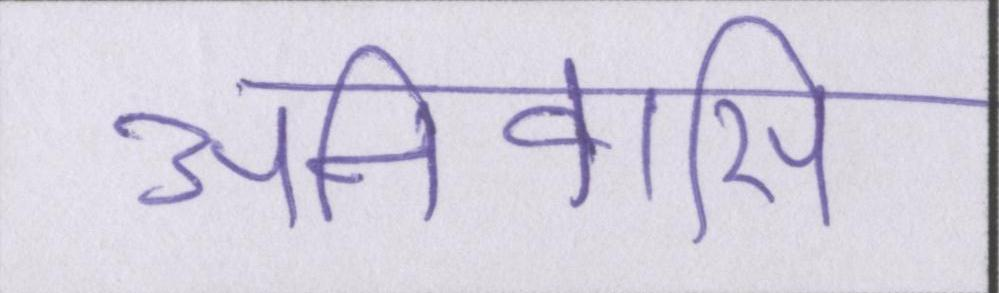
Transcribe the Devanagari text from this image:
अनिवासी